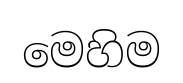
මෙහිම